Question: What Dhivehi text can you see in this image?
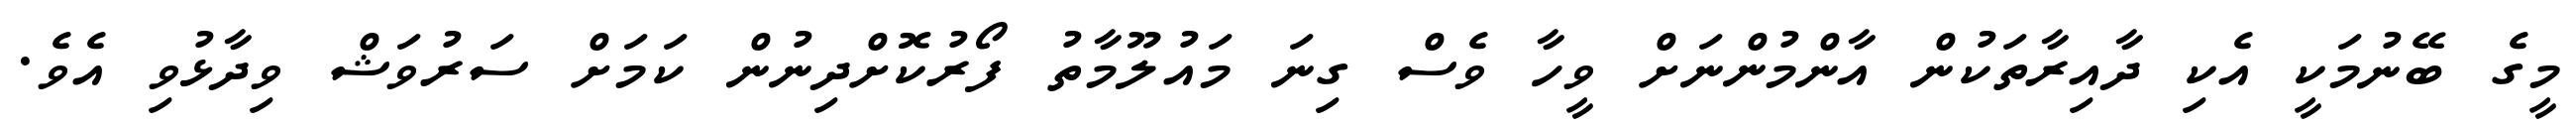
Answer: މީގެ ބޭނުމަކީ އެކި ދާއިރާތަކުން އާންމުންނަށް ވީހާ ވެސް ގިނަ މައުލޫމާތު ފޯރުކޮށްދިނުން ކަމަށް ސަރުވަޝް ވިދާޅުވި އެވެ.